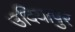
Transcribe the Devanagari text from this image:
उदियापुर